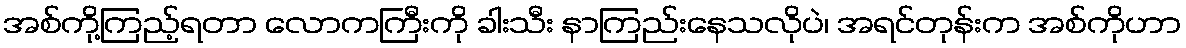
အစ်ကို့ကြည့်ရတာ လောကကြီးကို ခါးသီး နာကြည်းနေသလိုပဲ၊ အရင်တုန်းက အစ်ကိုဟာ